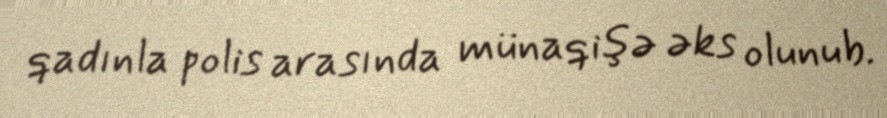
qadınla polis arasında münaqişə əks olunub.